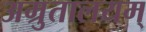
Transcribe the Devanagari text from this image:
अम्रुतालयम्